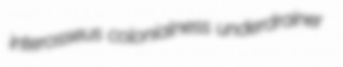
interosseus colonialness underdrainer